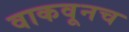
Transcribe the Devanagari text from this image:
वाकवूनच